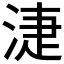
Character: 𣶏